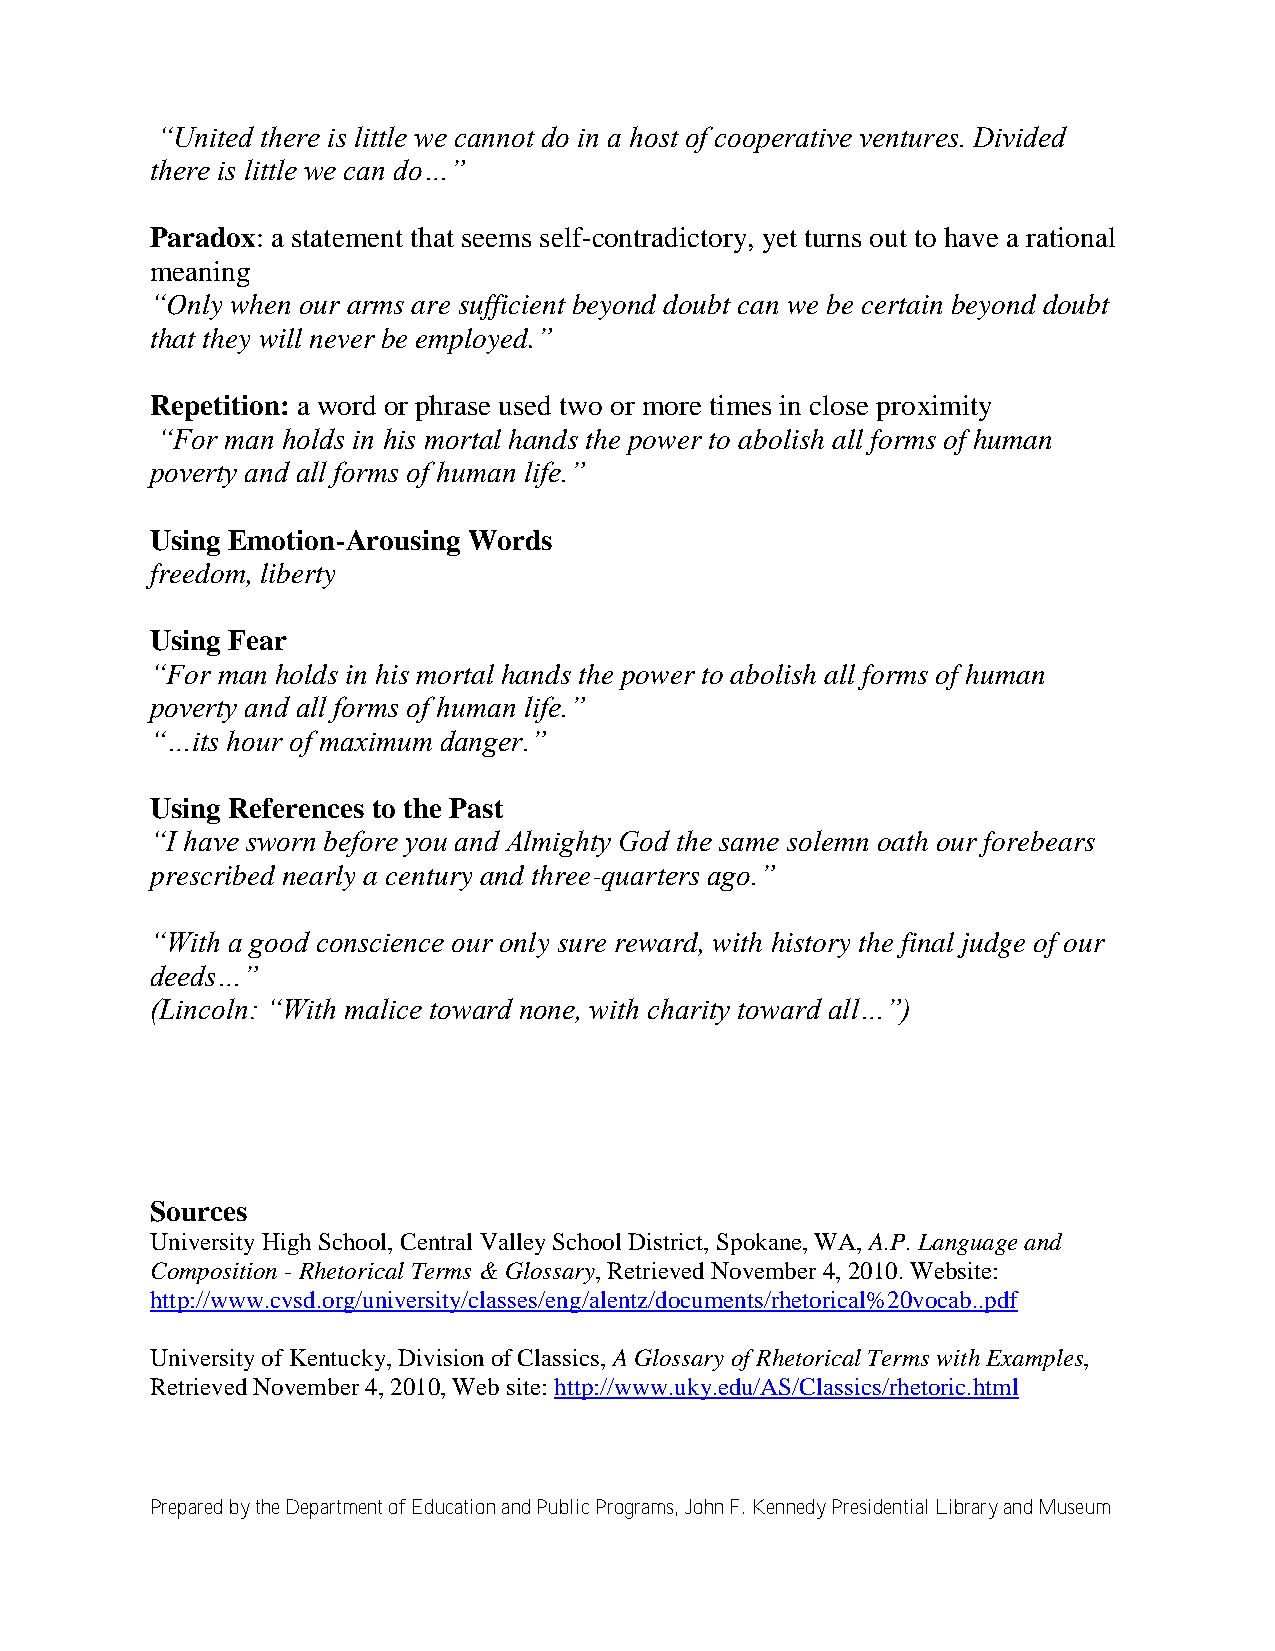
“United there is little we cannot do in a host of cooperative ventures. Divided
 there is little we can do…”
 Paradox: a statement that seems self-contradictory, yet turns out to have a rational
 meaning
 “Only when our arms are sufficient beyond doubt can we be certain beyond doubt
 that they will never be employed.”
 Repetition: a word or phrase used two or more times in close proximity
 “For man holds in his mortal hands the power to abolish all forms of human
 poverty and all forms of human life.”
 Using Emotion-Arousing Words
 freedom, liberty
 Using Fear
 “For man holds in his mortal hands the power to abolish all forms of human
 poverty and all forms of human life.”
 “…its hour of maximum danger.”
 Using References to the Past
 “I have sworn before you and Almighty God the same solemn oath our forebears
 prescribed nearly a century and three-quarters ago.”
 “With a good conscience our only sure reward, with history the final judge of our
 deeds…”
 (Lincoln: “With malice toward none, with charity toward all…”)
 Sources
 University High School, Central Valley School District, Spokane, WA, A.P. Language and
 Composition - Rhetorical Terms & Glossary, Retrieved November 4, 2010. Website:
 http://www.cvsd.org/university/classes/eng/alentz/documents/rhetorical%20vocab..pdf
 University of Kentucky, Division of Classics, A Glossary of Rhetorical Terms with Examples,
 Retrieved November 4, 2010, Web site: http://www.uky.edu/AS/Classics/rhetoric.html
 Prepared by the Department of Education and Public Programs, John F. Kennedy Presidential Library and Museum